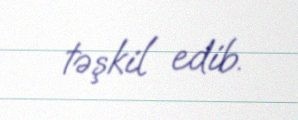
təşkil edib.